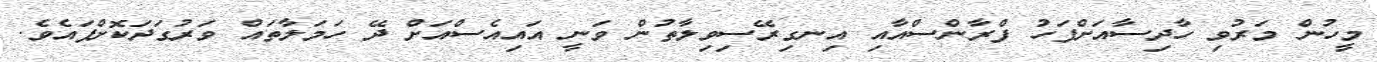
މީހުން މަރުވި ހާދިސާއަށްފަހު ފްރާންސްއާއި އިނގިރޭސިވިލާތުން ވަނީ އައިއެސްއަށް ދޭ ހަމަލާތައް ވަރުގަދަކޮށްފައެވެ.